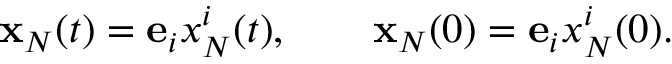
\begin{array} { r } { { \bf x } _ { N } ( t ) = { \bf e } _ { i } x _ { N } ^ { i } ( t ) , \qquad { \bf x } _ { N } ( 0 ) = { \bf e } _ { i } x _ { N } ^ { i } ( 0 ) . } \end{array}